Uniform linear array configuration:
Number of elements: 32
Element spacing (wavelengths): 0.5
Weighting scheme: exponential
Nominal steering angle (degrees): -15
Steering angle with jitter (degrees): -14.072
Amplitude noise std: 0.05
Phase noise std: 0.05

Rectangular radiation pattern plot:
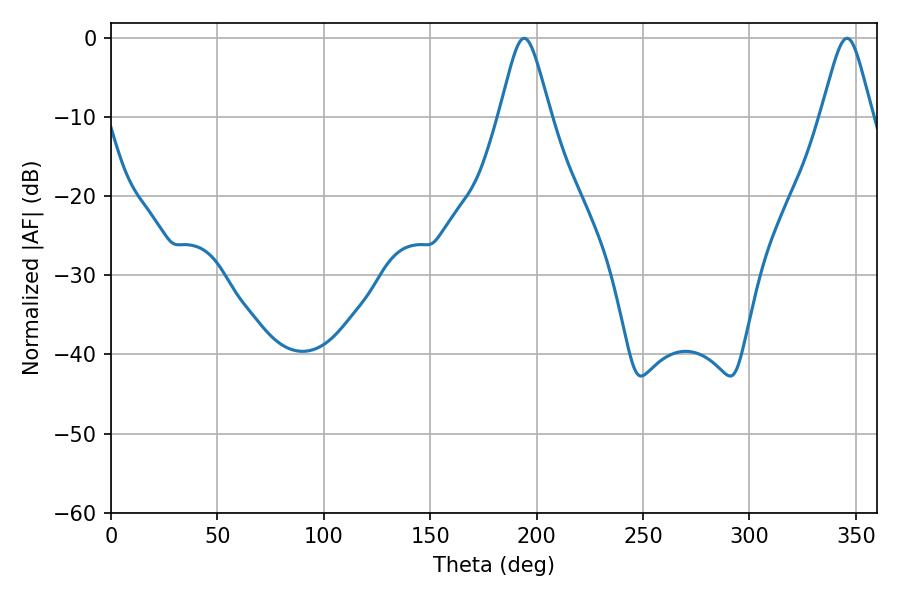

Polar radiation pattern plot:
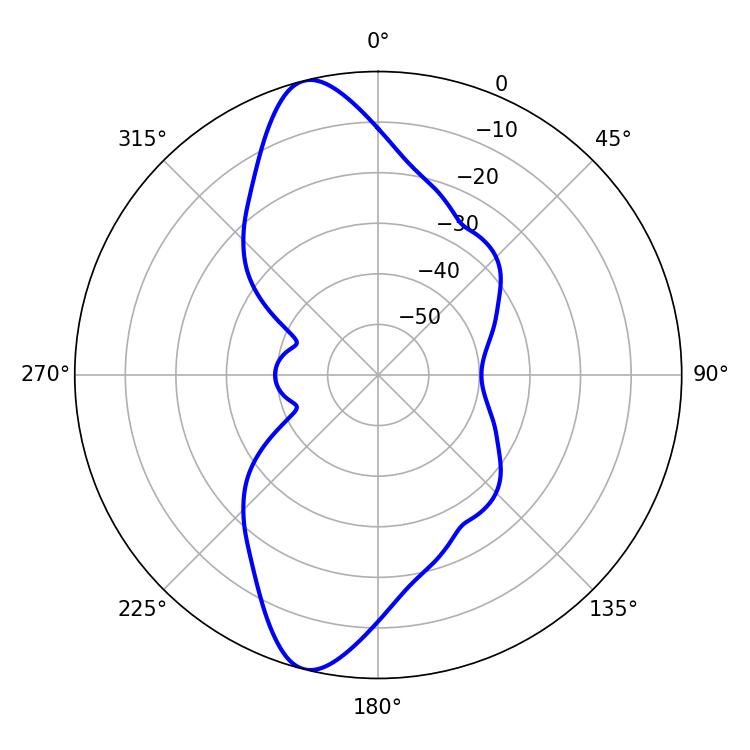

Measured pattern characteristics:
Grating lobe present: FALSE
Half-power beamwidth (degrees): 11.52
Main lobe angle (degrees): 345.78